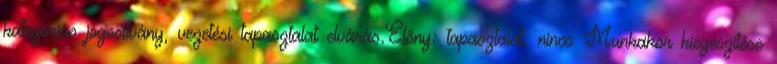
kategóriás jogosítvány, vezetési tapasztalat elvárás.Előny: tapasztalat. nincs Munkakör kiegészítése